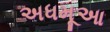
અધમૂઆ